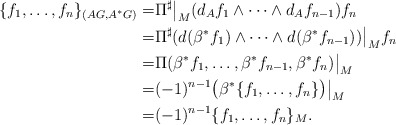
\begin{align*} \{f_1, \ldots, f_n\}_{(AG, A^*G)} =& \Pi^{\sharp}\big|_M (d_A f_1 \wedge \cdots \wedge d_A f_{n-1}) f_n\\=& \Pi^{\sharp} ( d (\beta^* f_1) \wedge \cdots \wedge d (\beta^* f_{n-1}))\big|_M f_n\\=& \Pi (\beta^* f_1 , \ldots, \beta^* f_{n-1}, \beta^* f_n)\big|_M\\=& (-1)^{n-1} \big( \beta^*\{f_1, \ldots, f_n\} \big) \big|_M\\=& (-1)^{n-1} \{f_1, \ldots, f_n\}_M.\end{align*}